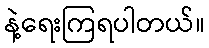
နဲ့ရေးကြရပါတယ်။